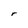
Character: r